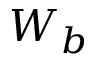
W _ { b }